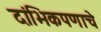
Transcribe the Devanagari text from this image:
दांभिकपणाचे